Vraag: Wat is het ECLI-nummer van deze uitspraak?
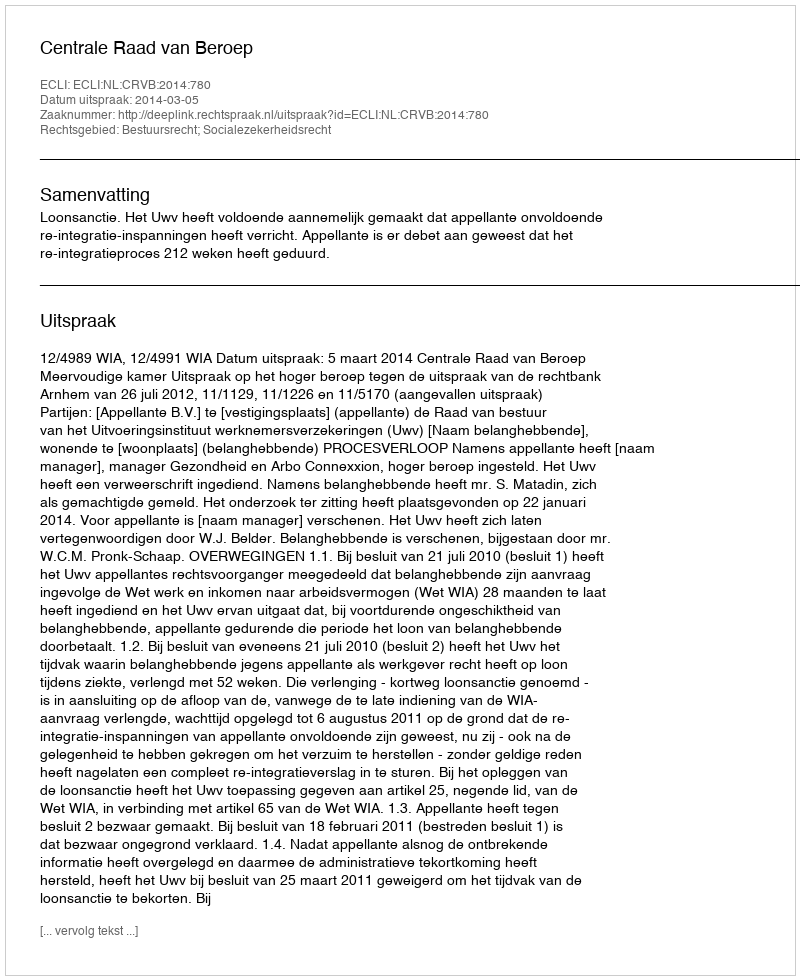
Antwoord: ECLI:NL:CRVB:2014:780